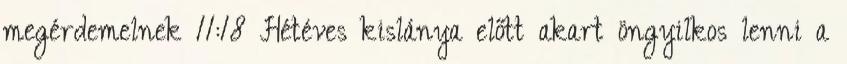
megérdemelnek 11:18 Hétéves kislánya előtt akart öngyilkos lenni a